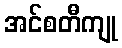
အင်စတီကျု